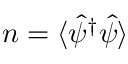
n = \langle \hat { \psi } ^ { \dagger } \hat { \psi } \rangle